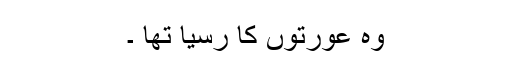
وہ عورتوں کا رسیا تھا ۔